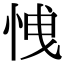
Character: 𢚕